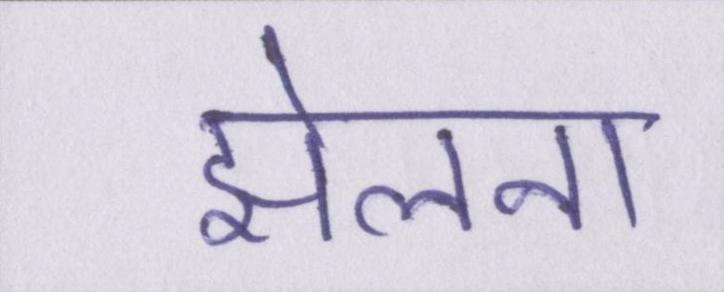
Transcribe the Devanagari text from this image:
झेलना